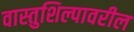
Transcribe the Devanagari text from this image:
वास्तुशिल्पावरील